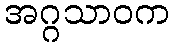
အဂ္ဂသာဝက